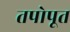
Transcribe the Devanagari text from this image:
तपोपूत